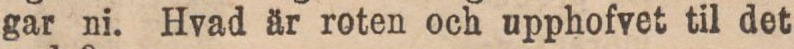
gar ni. Hvad är roten och upphofvet til det